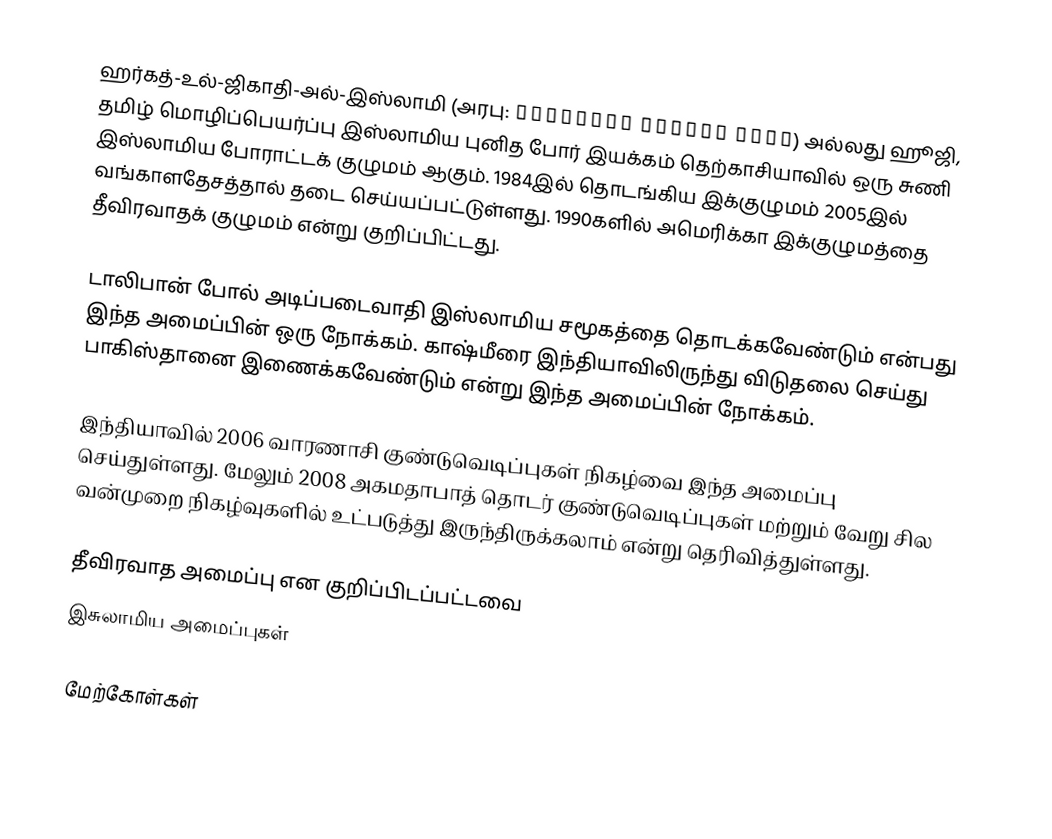
ஹர்கத்-உல்-ஜிகாதி-அல்-இஸ்லாமி (அரபு: حركة الجهاد الإسلامي) அல்லது ஹூஜி, தமிழ் மொழிப்பெயர்ப்பு இஸ்லாமிய புனித போர் இயக்கம் தெற்காசியாவில் ஒரு சுணி இஸ்லாமிய போராட்டக் குழுமம் ஆகும். 1984இல் தொடங்கிய இக்குழுமம் 2005இல் வங்காளதேசத்தால் தடை செய்யப்பட்டுள்ளது. 1990களில் அமெரிக்கா இக்குழுமத்தை தீவிரவாதக் குழுமம் என்று குறிப்பிட்டது.

டாலிபான் போல் அடிப்படைவாதி இஸ்லாமிய சமூகத்தை தொடக்கவேண்டும் என்பது இந்த அமைப்பின் ஒரு நோக்கம். காஷ்மீரை இந்தியாவிலிருந்து விடுதலை செய்து பாகிஸ்தானை இணைக்கவேண்டும் என்று இந்த அமைப்பின் நோக்கம்.

இந்தியாவில் 2006 வாரணாசி குண்டுவெடிப்புகள் நிகழ்வை இந்த அமைப்பு செய்துள்ளது. மேலும் 2008 அகமதாபாத் தொடர் குண்டுவெடிப்புகள் மற்றும் வேறு சில வன்முறை நிகழ்வுகளில் உட்படுத்து இருந்திருக்கலாம் என்று தெரிவித்துள்ளது.

தீவிரவாத அமைப்பு என குறிப்பிடப்பட்டவை
இசுலாமிய அமைப்புகள்

மேற்கோள்கள்